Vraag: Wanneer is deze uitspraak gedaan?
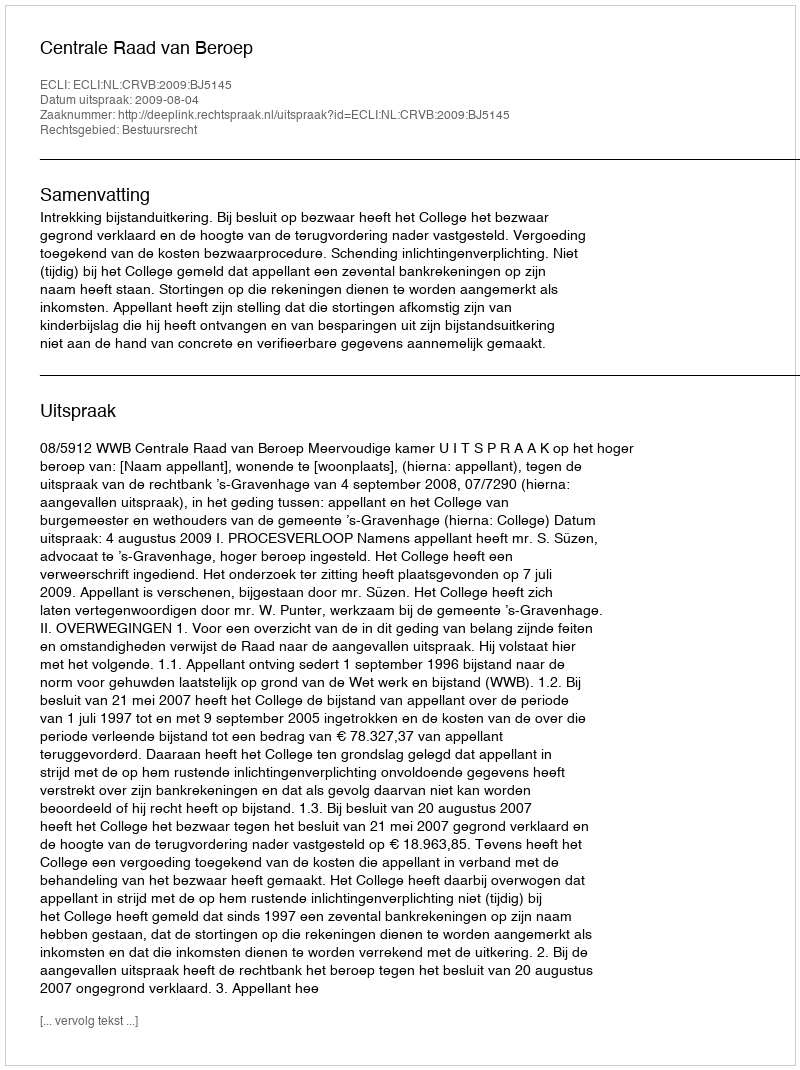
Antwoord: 2009-08-04